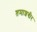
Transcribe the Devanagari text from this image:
तमाशगीर